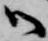
御